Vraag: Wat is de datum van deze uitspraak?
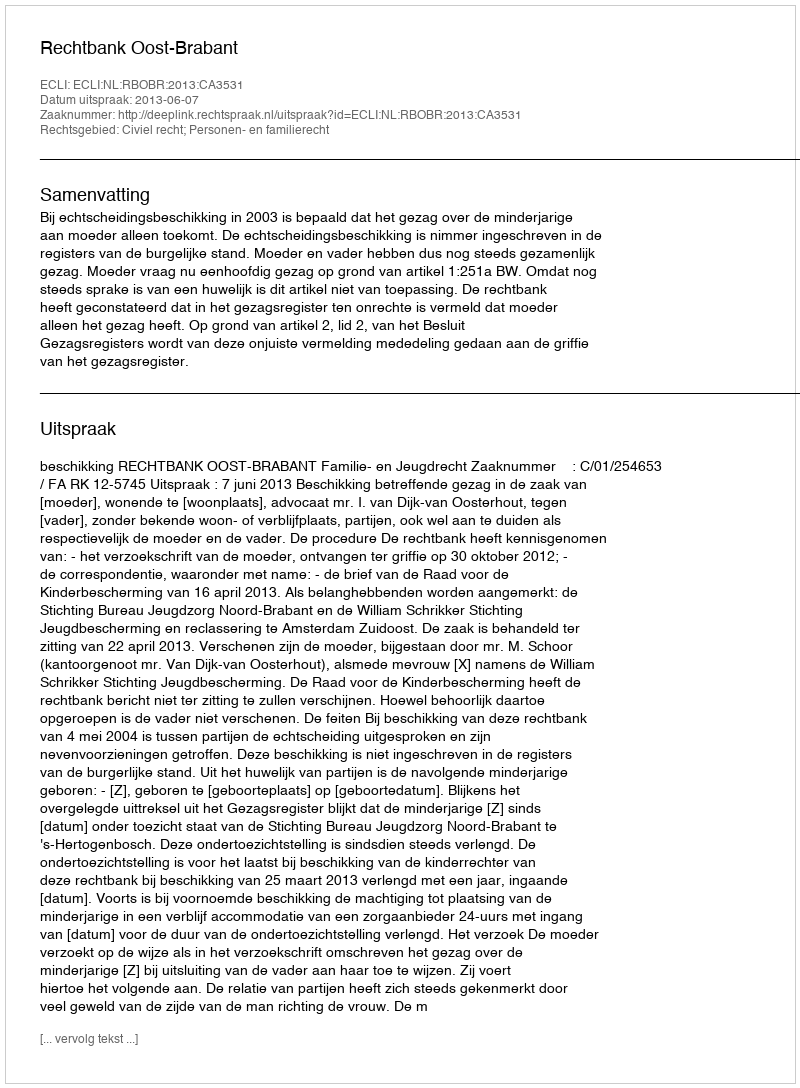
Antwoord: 2013-06-07